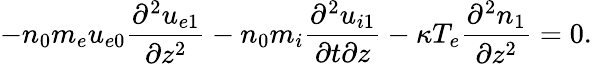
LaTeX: -n_{0}m_{e}u_{e0}\frac{\partial^{2}u_{e1}}{\partial z^{2}}-n_{0}m_{i}\frac{\partial^{2}u_{i1}}{\partial t\partial z}-\kappa T_{e}\frac{\partial^{2}n_{1}}{\partial z^{2}}=0.